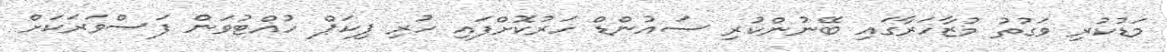
މަޑުކުރި ވަގުތު މުޒާހަރާގައި ބޭނުންކުރި ސައުންޑް ހަރުކޮށްފައި ހުރި ޕިކަޕް ހުއްޓުވަން ފަސްވަރަކަށް